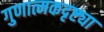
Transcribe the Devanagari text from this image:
गुणात्मकदृष्ट्या